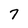
Character: 7